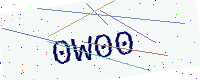
Text: 0W00